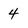
Character: 4